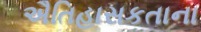
ઐતિહાસકતાના